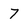
Character: 7